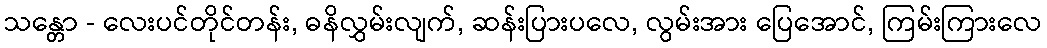
သန္တော - လေးပင်တိုင်တန်း, ဓနိလွှမ်းလျက်, ဆန်းပြားပလေ, လွမ်းအား ပြေအောင်, ကြမ်းကြားလေ